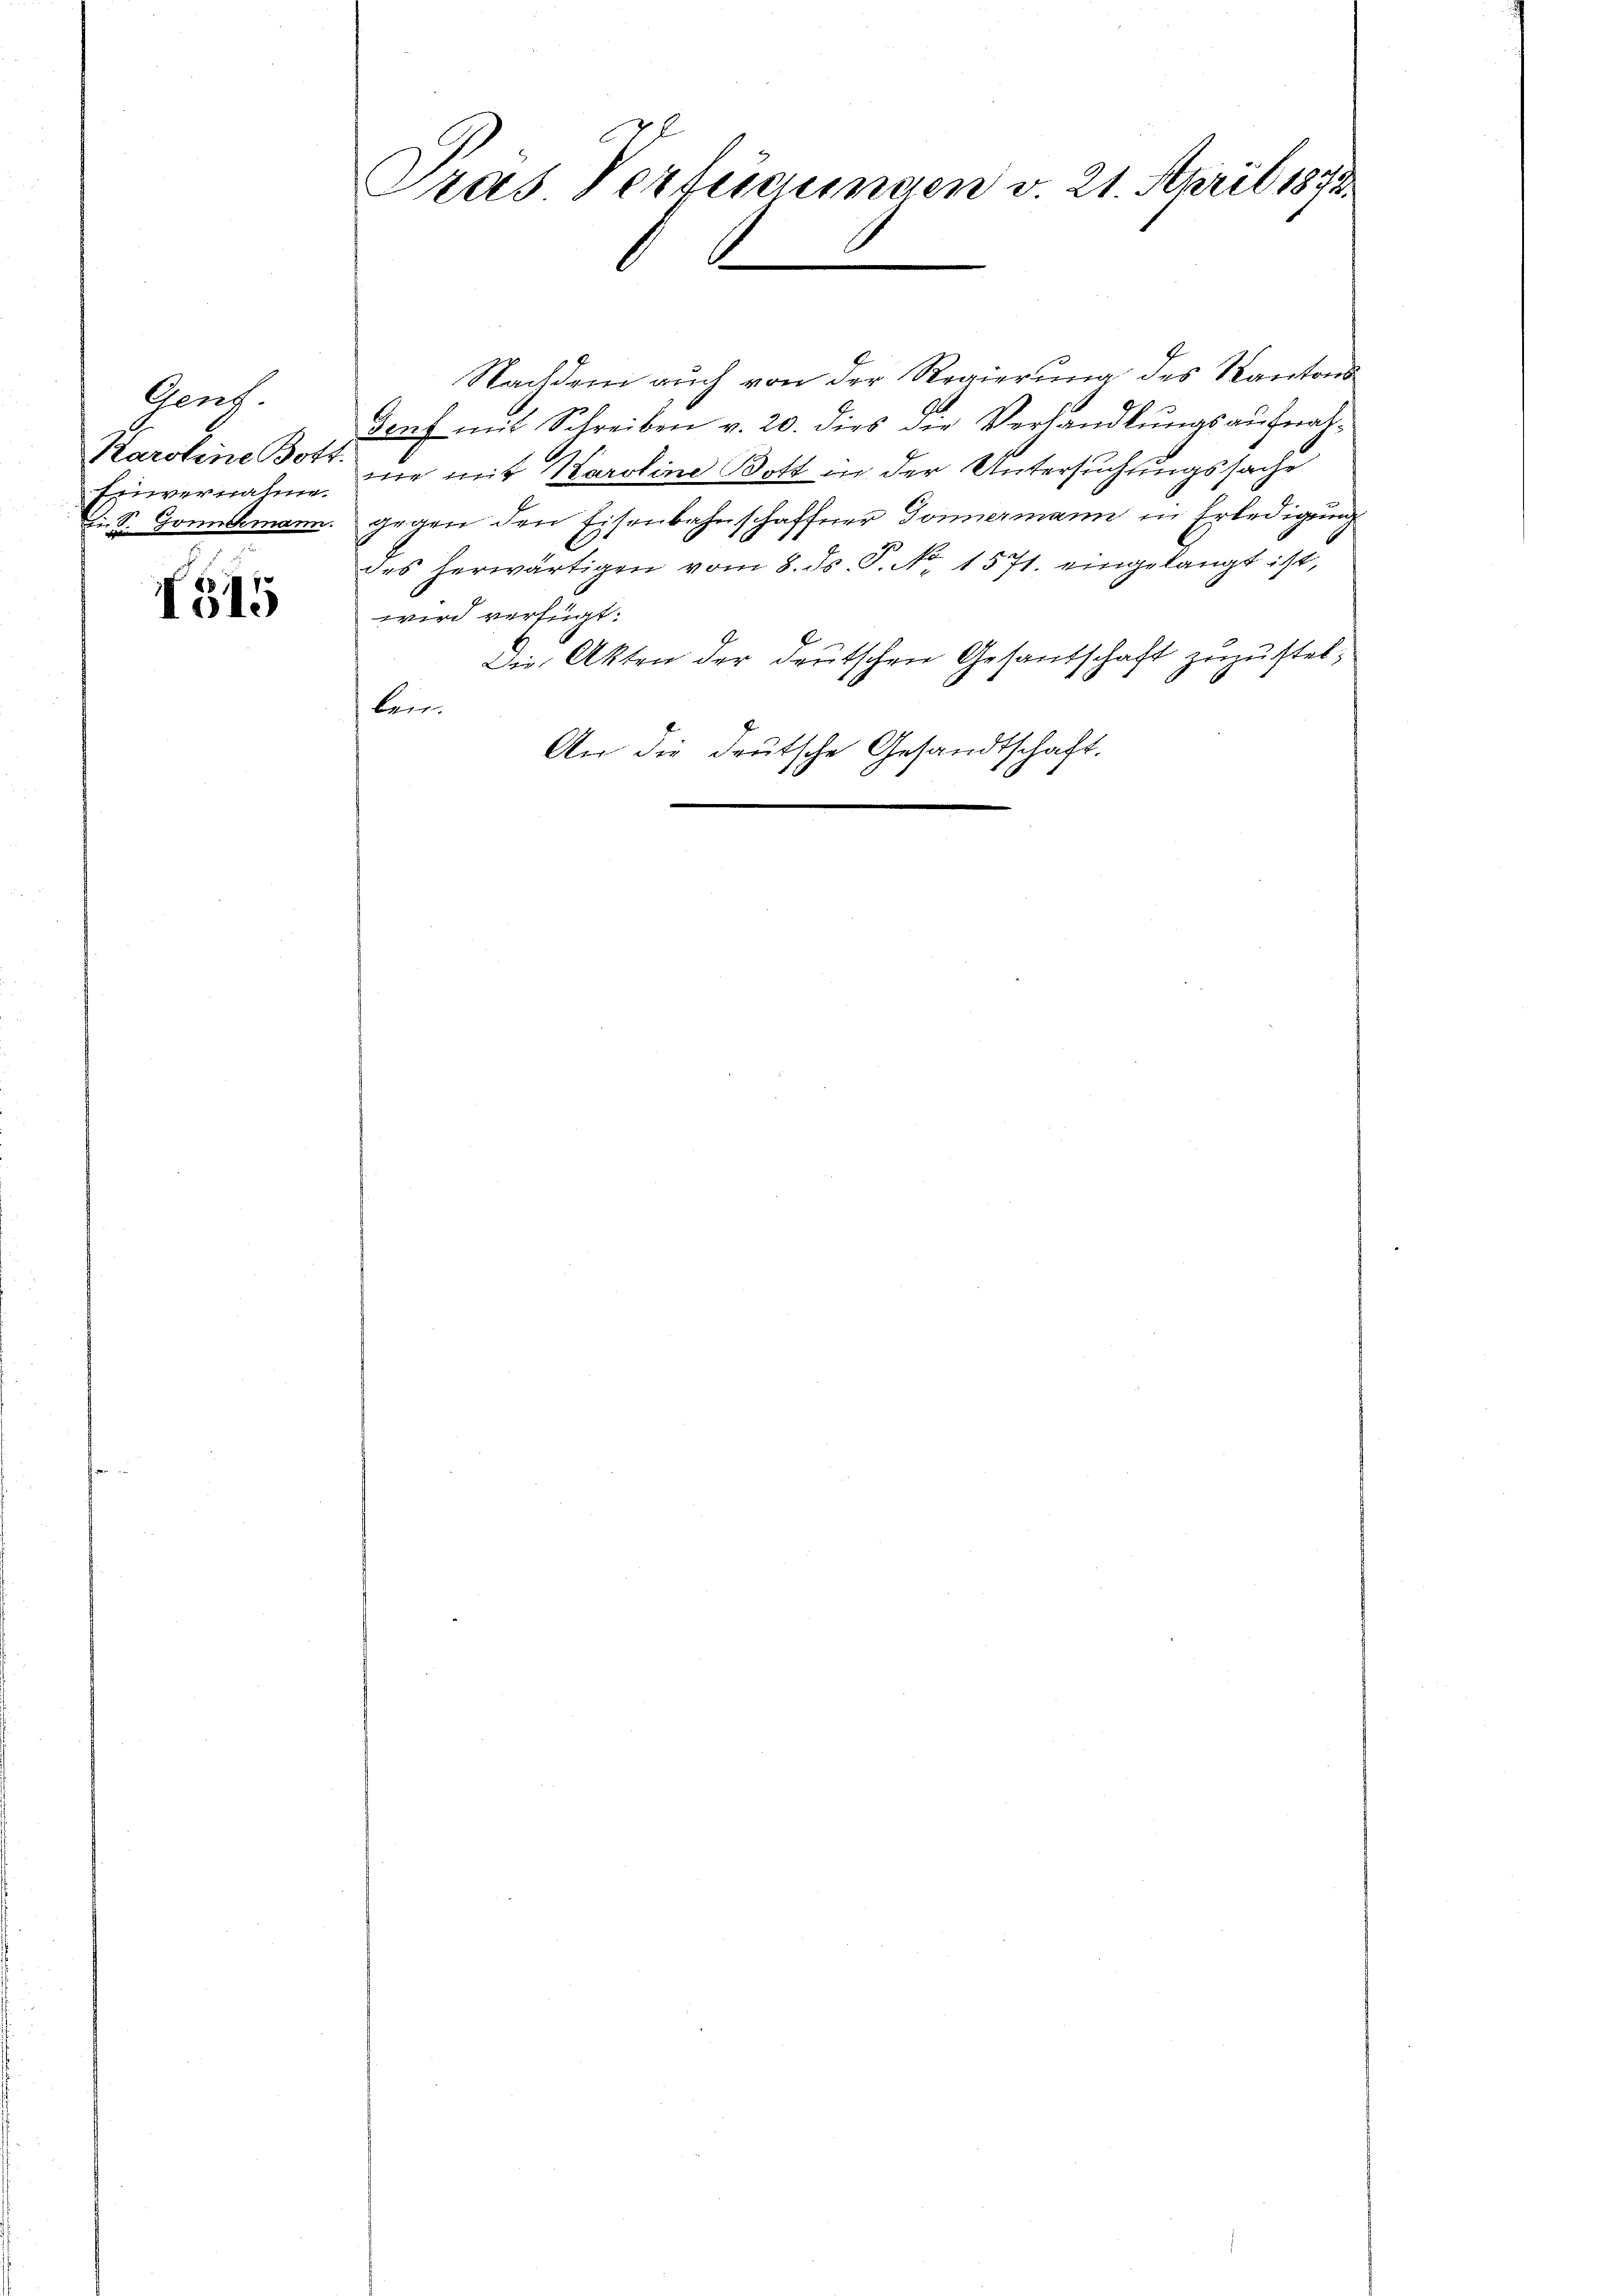
Gerech
Karoline Bots
Einvernahme.
Li. S. Gonnemann.

515

Gras Verteigungen v. 21. April 1873.

Nachdem auch von der Regierung des Kantons
dorf mit Schreiben v. 20. dies die Verhandlŭngsaufnah-
wie mit Karoline Bott in der Untersuchungssache
gegen den Eisenbahnschaffner Donnermann in Erledigung
des herwärtigen vom 8. ds. S. Nr. 1571. eingelangt ist,
wird verfügt:
Die Akten der deutschen Gesandschaft zuzustelben.
An die deutsche Gesandtschaft.
e